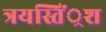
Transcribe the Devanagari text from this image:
त्रयस्तिं्रश